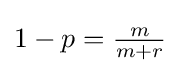
{\textstyle 1-p={\frac {m}{m+r}}}